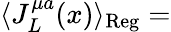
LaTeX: \langle J_{L}^{\mu a}(x)\rangle_{\mathrm{Reg}}=